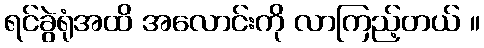
ရင်ခွဲရုံအထိ အလောင်းကို လာကြည့်တယ် ။